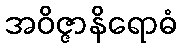
အဝိဇ္ဇာနိရောဓံ